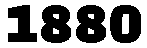
1880